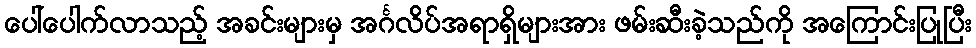
ပေါ်ပေါက်လာသည့် အခင်းများမှ အင်္ဂလိပ်အရာရှိများအား ဖမ်းဆီးခဲ့သည်ကို အကြောင်းပြုပြီး